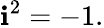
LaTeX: \mathbf{i}^{2}=-1.